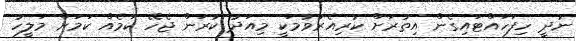
ނުދީ ހިފަހައްޓައިގެން އިތުރަށް ކުރިއެރުވުމަކީ މިއަދު ކުރަން ޖެހޭ ކަމެއް ކަމަށް މަލީހު